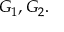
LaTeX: G _ { 1 } , G _ { 2 } .